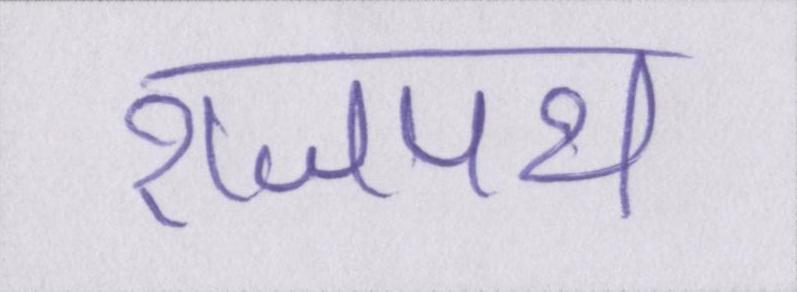
राजपथ